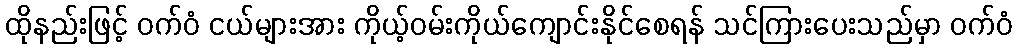
ထိုနည်းဖြင့် ဝက်ဝံ ငယ်များအား ကိုယ့်ဝမ်းကိုယ်ကျောင်းနိုင်စေရန် သင်ကြားပေးသည်မှာ ဝက်ဝံ